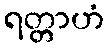
ရတ္တာဟံ